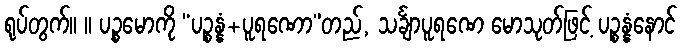
ရုပ်တွက်။ ။ ပဉ္စမောကို “ပဉ္စန္နံ+ပူရဏော”တည်, သင်္ချာပူရဏေ မောသုတ်ဖြင့် ပဉ္စန္နံနောင်